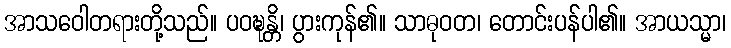
အာသဝေါတရားတို့သည်။ ပဝဍ္ဎန္တိ၊ ပွားကုန်၏။ သာဓုဝတ၊ တောင်းပန်ပါ၏။ အာယသ္မာ၊